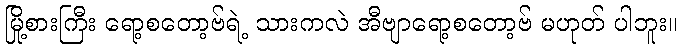
မြို့စားကြီး ရော့စတော့ဗ်ရဲ့ သားကလဲ အီဗျာရော့စတော့ဗ် မဟုတ် ပါဘူး။